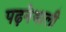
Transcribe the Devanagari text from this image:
पढ़नेवाली